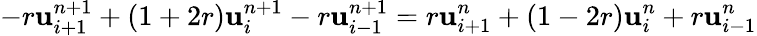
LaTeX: -r\mathbf{u}_{i+1}^{n+1}+(1+2r)\mathbf{u}_{i}^{n+1}-r\mathbf{u}_{i-1}^{n+1}=r\mathbf{u}_{i+1}^{n}+(1-2r)\mathbf{u}_{i}^{n}+r\mathbf{u}_{i-1}^{n}